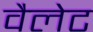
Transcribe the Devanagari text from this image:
वैलेट